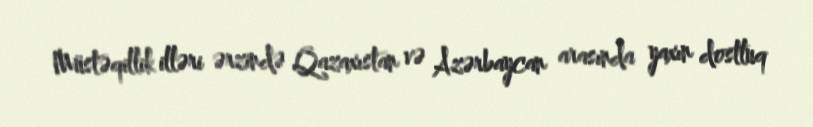
Müstəqillik illəri ərzində Qazaxıstan və Azərbaycan arasında yaxın dostluq